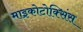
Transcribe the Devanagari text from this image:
माइकोटोक्सिंस